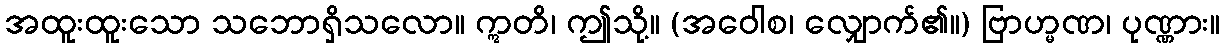
အထူးထူးသော သဘောရှိသလော။ ဣတိ၊ ဤသို့။ (အဝေါစ၊ လျှောက်၏။) ဗြာဟ္မဏ၊ ပုဏ္ဏား။